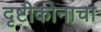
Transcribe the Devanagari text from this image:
दृष्टीकोनाचा